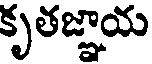
కృతజ్ఞాయ